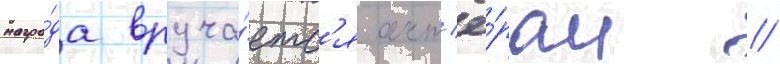
награ́да вруча́етс'я акт'ё́рам /